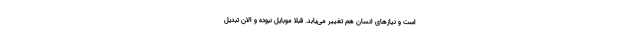
است و نیازهای انسان هم تغییر می‌یابد. قبلا موبایل نبوده و الان تبدیل